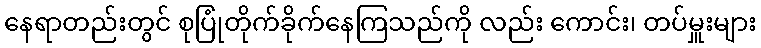
နေရာတည်းတွင် စုပြုံတိုက်ခိုက်နေကြသည်ကို လည်း ကောင်း၊ တပ်မှူးများ